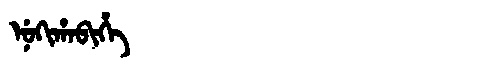
Manchu: ᠨᡠᡴᡳᡥᠠᠪᡳᡥᡝ
Romanization: NUKIHABIHE